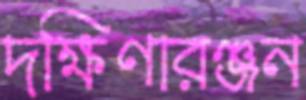
দক্ষিণারঞ্জন